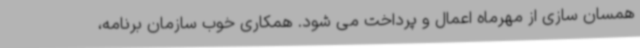
همسان سازی از مهرماه اعمال و پرداخت می شود. همکاری خوب سازمان برنامه،